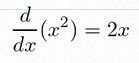
\frac{d}{dx}(x^2)=2x